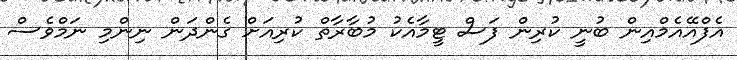
އެފްއޭއެމްއިން ބުނީ ކުރިން ފަސް ޓީމާއެކު މުބާރާތް ކުރިއަށް ގެންދަން ނިންމި ނަމްވެސް